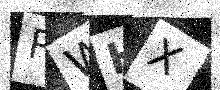
Text: RWHX